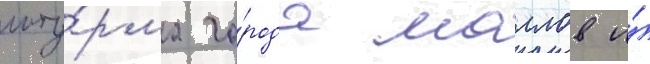
шту́рма го́рода маллов и́